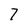
Character: 7